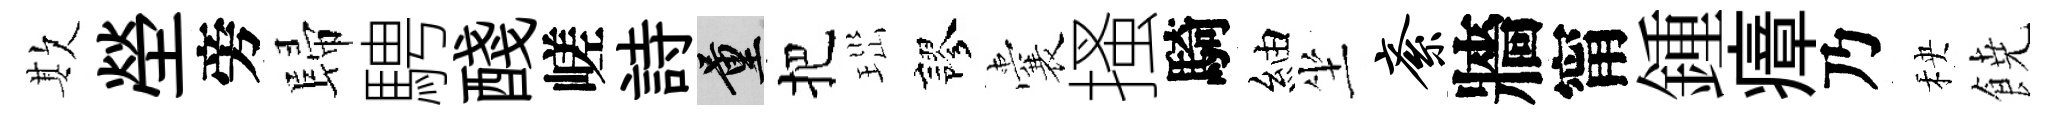
欺塋旁歸騁醆嵯詩量把𤤼謬囊搔騎紬坐紊牆甯鍾瘴乃秧𩜙